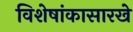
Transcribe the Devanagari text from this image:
विशेषांकासारखे